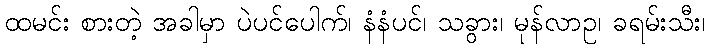
ထမင်း စားတဲ့ အခါမှာ ပဲပင်ပေါက်၊ နံနံပင်၊ သခွား၊ မုန်လာဥ၊ ခရမ်းသီး၊